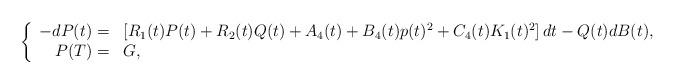
LaTeX: \begin{align*}\left\{\begin{array}[c]{rl}-dP(t)= & \left[ R_{1}(t)P(t)+R_{2}(t)Q(t)+A_{4}(t)+B_{4}(t)p(t)^{2}+C_{4}(t)K_{1}(t)^{2}\right] dt-Q(t)dB(t),\\P(T)= & G,\end{array}\right.\end{align*}